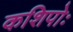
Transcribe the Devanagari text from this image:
कशिपोः